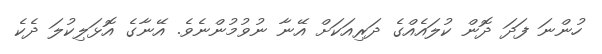
ހުންނަ ފަދަ ދޮން ކުލައެއްގެ ދަރިއަކަށް އޭނާ ނުވުމުންނެވެ. އޭނާގެ އޮޅަލިކުލަ ދެކެ